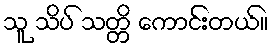
သူ သိပ် သတ္တိ ကောင်းတယ်။